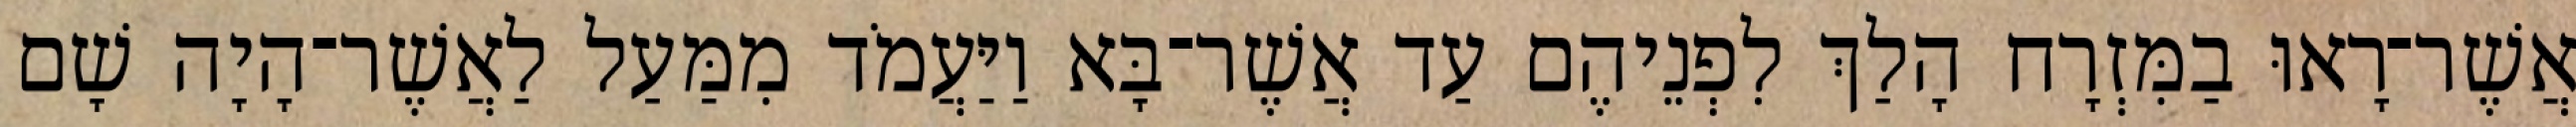
אֲשֶׁר־רָאוּ בַמִּזְרָח הָלַךְ לִפְנֵיהֶם עַד אֲשֶׁר־בָּא וַיַּעֲמֹד מִמַּעַל לַאֲשֶׁר־הָיָה שָׁם